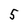
Character: 5